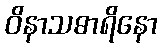
ဝိနာသဓာရိနော